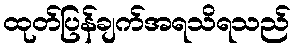
ထုတ်ပြန်ချက်အရသိရသည်